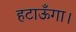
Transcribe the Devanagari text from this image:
हटाऊँगा।